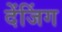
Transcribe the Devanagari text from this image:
देंजिंग